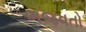
ભજવતો